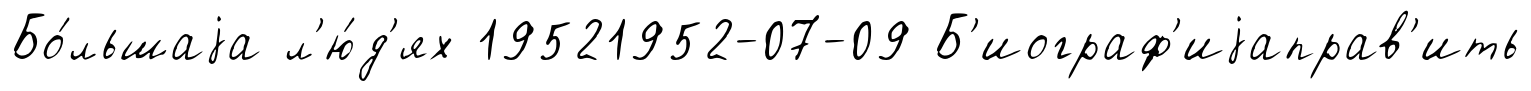
Бо́льшаjа л'ю́д'ях 19521952-07-09 Б'иограф'иjаправ'ить